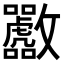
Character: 𪯟